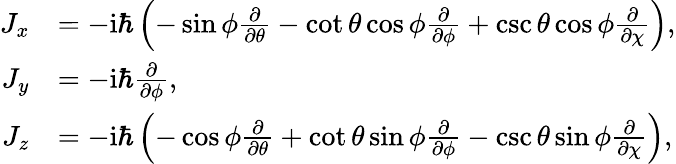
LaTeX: \begin{array}{rl}{J_{x}}&{=-\mathrm{i}\hbar\left(-\sin\phi\frac{\partial}{\partial\theta}-\cot\theta\cos\phi\frac{\partial}{\partial\phi}+\csc\theta\cos\phi\frac{\partial}{\partial\chi}\right),}\\ {J_{y}}&{=-\mathrm{i}\hbar\frac{\partial}{\partial\phi},}\\ {J_{z}}&{=-\mathrm{i}\hbar\left(-\cos\phi\frac{\partial}{\partial\theta}+\cot\theta\sin\phi\frac{\partial}{\partial\phi}-\csc\theta\sin\phi\frac{\partial}{\partial\chi}\right),}\end{array}